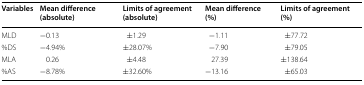
| Variables | Mean difference (absolute) | Limits of agreement (absolute) | Mean difference (%) | Limits of agreement (%) |
 | --- | --- | --- | --- | --- |
 | MLD | −0.13 | ±1.29 | −1.11 | ±77.72 |
 | %DS | −4.94% | ±28.07% | −7.90 | ±79.05 |
 | MLA | 0.26 | ±4.48 | 27.39 | ±138.64 |
 | %AS | −8.78% | ±32.60% | −13.16 | ±65.03 |